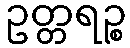
ဥတ္တရဉ္စ